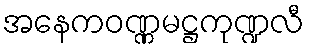
အနေကဝဏ္ဏမဋ္ဌကုဏ္ဍလီ